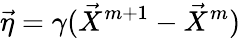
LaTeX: \vec{\eta}=\gamma(\vec{X}^{m+1}-\vec{X}^{m})